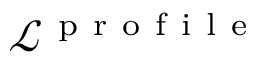
\mathcal { L } ^ { \mathrm { ~ p ~ r ~ o ~ f ~ i ~ l ~ e ~ } }